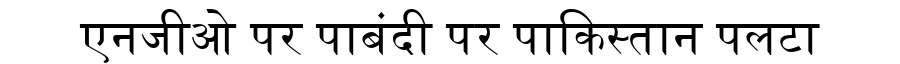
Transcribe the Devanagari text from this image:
एनजीओ पर पाबंदी पर पाकिस्तान पलटा